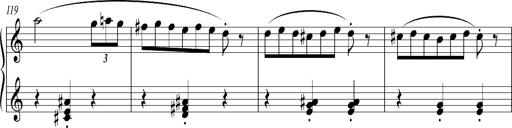
Title: Bagatelle sans tonalitÃ©
Composer: Franz Liszt